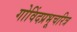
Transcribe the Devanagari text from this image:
गोविंदप्रभूचरित्र